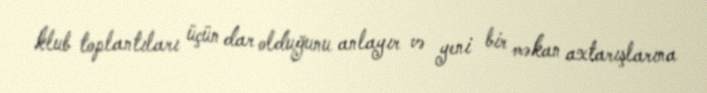
klub toplantıları üçün dar olduğunu anlayır və yeni bir məkan axtarışlarına